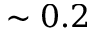
\sim 0 . 2